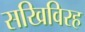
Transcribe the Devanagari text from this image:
सखिविरह